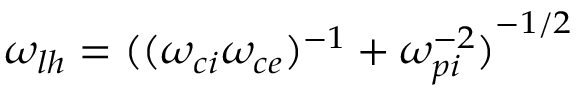
\omega _ { l h } = { ( ( \omega _ { c i } \omega _ { c e } ) ^ { - 1 } + \omega _ { p i } ^ { - 2 } ) } ^ { - 1 / 2 }